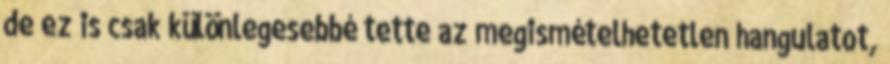
de ez is csak különlegesebbé tette az megismételhetetlen hangulatot,